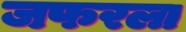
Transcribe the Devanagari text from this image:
जफरला